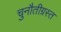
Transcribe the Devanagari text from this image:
चुनौतीग्रस्त